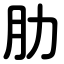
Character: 肋